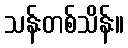
သန်းတစ်သိန်း။